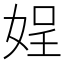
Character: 𡝚